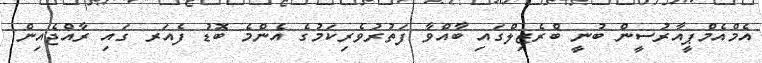
އެމްއެމްޕީއާރުސީން ބުނީ ބްރެޒިލްގައި ބާއްވާ ފަތުރުވެރިކަމުގެ އެންމެ ބޮޑު ފެއަރ ގައި ރާއްޖެއިން